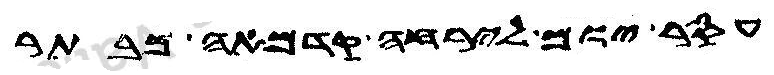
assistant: עסר יום לירחה קדמאה מבתר